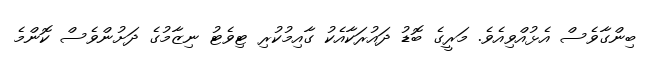
ބިންގާވެސް އެޅުއްވިއެވެ. މަރީގެ ބޮޑު ދައުރަކާއެކު ގާއިމުކުރި ޓިވެޓު ނިޒާމުގެ ދަށުންވެސް ކޮންމެ